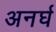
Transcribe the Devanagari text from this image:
अनर्घ